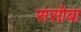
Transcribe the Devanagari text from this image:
ससोबा